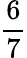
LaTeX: \frac{6}{7}